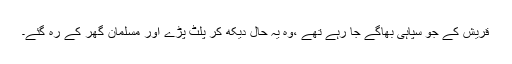
قریش کے جو سپاہی بھاگے جا رہے تھے ،وہ یہ حال دیکھ کر پلٹ پڑے اور مسلمان گھر کے رہ گئے۔